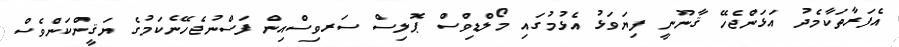
އެފަރާތަކާމެދު އަޅަންޖެހޭ ޤާނޫނީ ފިޔަވަޅު އެޅުމުގައި މޯލްޑިވްސް ޕޮލިސް ސަރވިސްއިން ފަސްނުޖެހޭނެކަމުގެ ޔަޤީންކަންވެސް